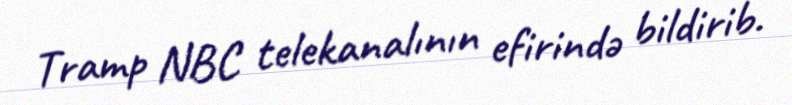
Tramp NBC telekanalının efirində bildirib.